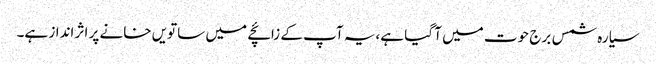
سیارہ شمس برج حوت میں آ گیا ہے،یہ آپ کے زائچے میں ساتویں خانے پر اثر انداز ہے۔